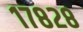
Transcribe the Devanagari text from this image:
१७८२८